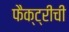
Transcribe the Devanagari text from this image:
फैक्ट्रीची